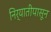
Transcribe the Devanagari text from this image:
निर्यातीपासून